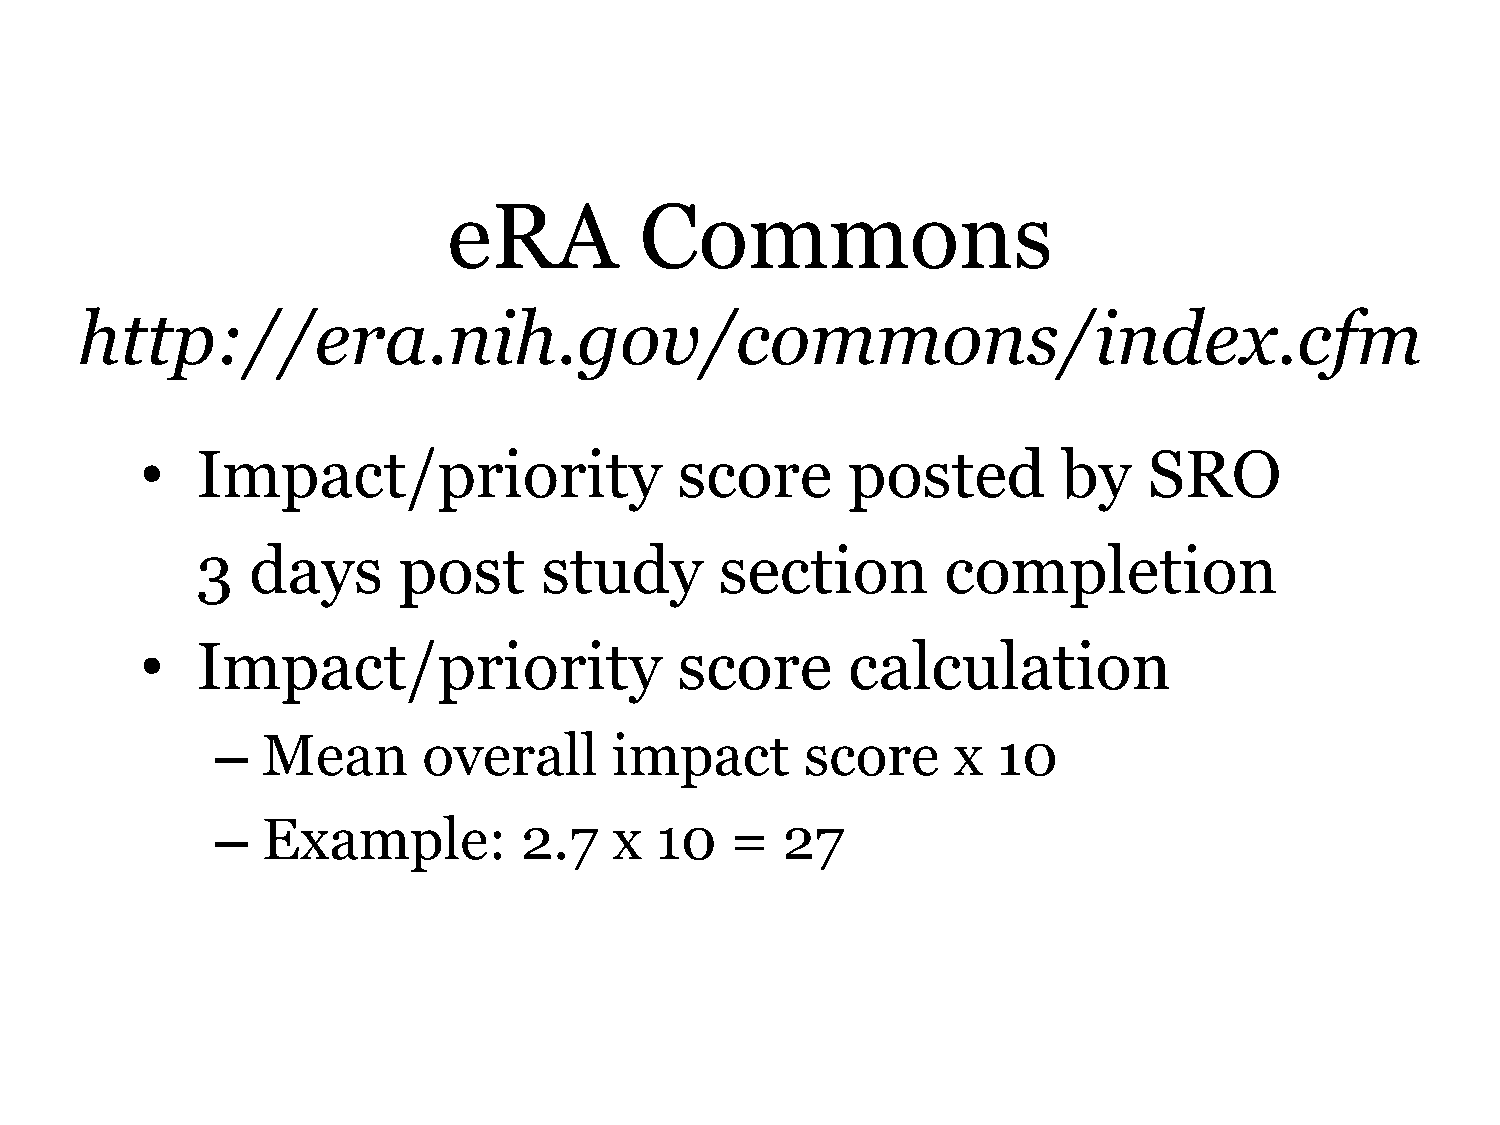
eRA         Commons
 http://era.nih.gov/commons/index.cfm
 •   Impact/priority                 score      posted        by    SRO
 3   days     post      study       section        completion
 •   Impact/priority                 score      calculation
 –  Mean       overall      impact      score     x  10
 –  Example:         2.7    x 10   =   27